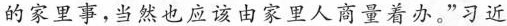
的家里事，当然也应该由家里人商量着办。”习近